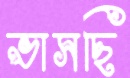
ভাসছি